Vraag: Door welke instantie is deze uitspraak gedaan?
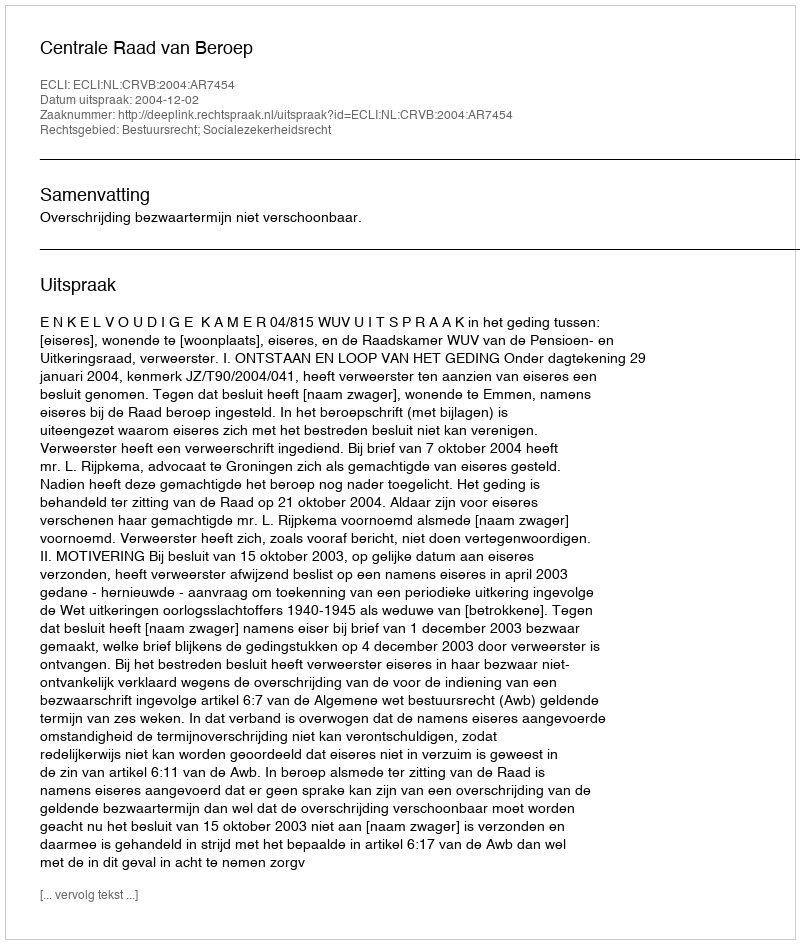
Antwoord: Centrale Raad van Beroep